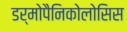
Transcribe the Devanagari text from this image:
डर्मोपैनिकोलोसिस